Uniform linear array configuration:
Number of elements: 48
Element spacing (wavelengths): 0.25
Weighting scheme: exponential
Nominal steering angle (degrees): -60
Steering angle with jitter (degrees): -59.778
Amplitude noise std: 0.05
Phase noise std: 0.05

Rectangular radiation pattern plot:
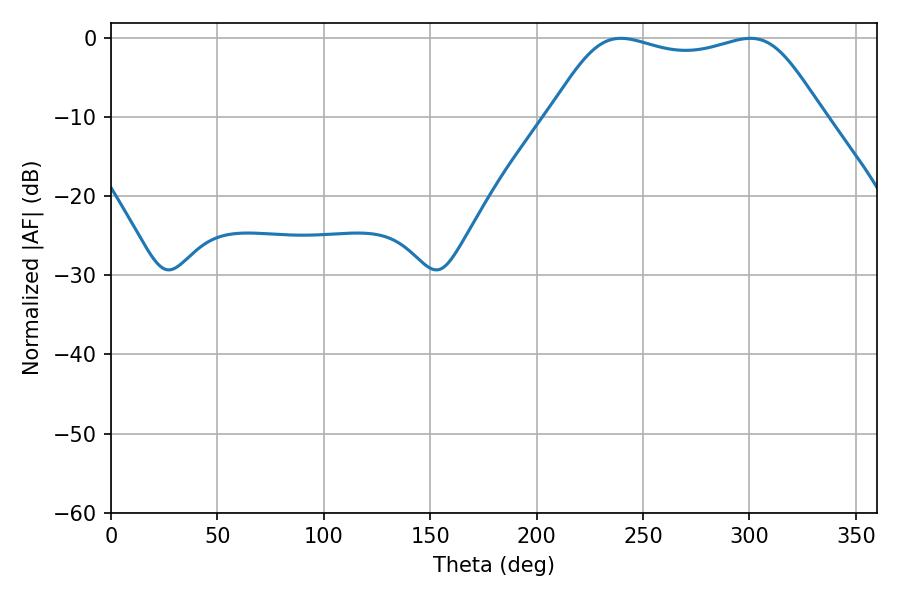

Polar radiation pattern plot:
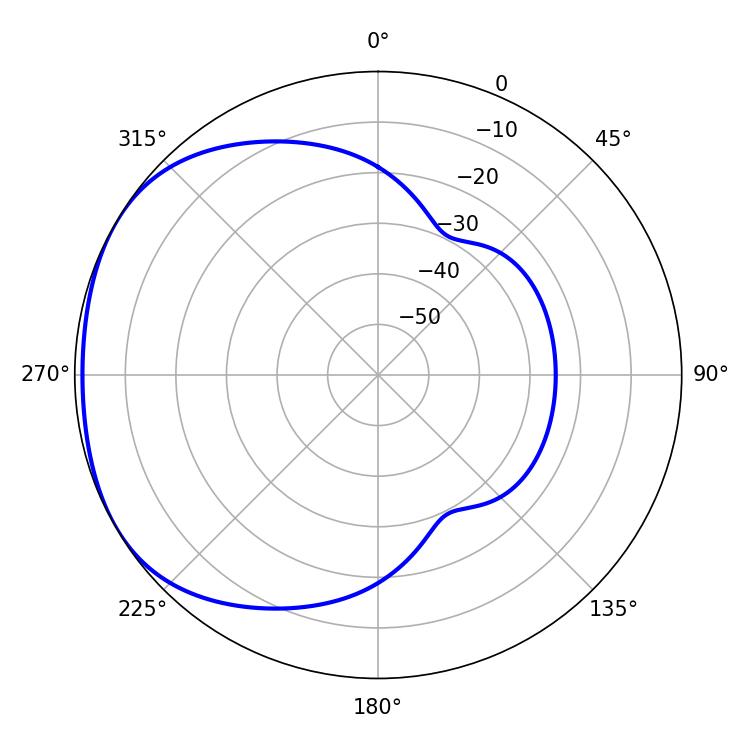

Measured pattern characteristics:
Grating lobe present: FALSE
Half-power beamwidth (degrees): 97.56
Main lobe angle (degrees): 239.58